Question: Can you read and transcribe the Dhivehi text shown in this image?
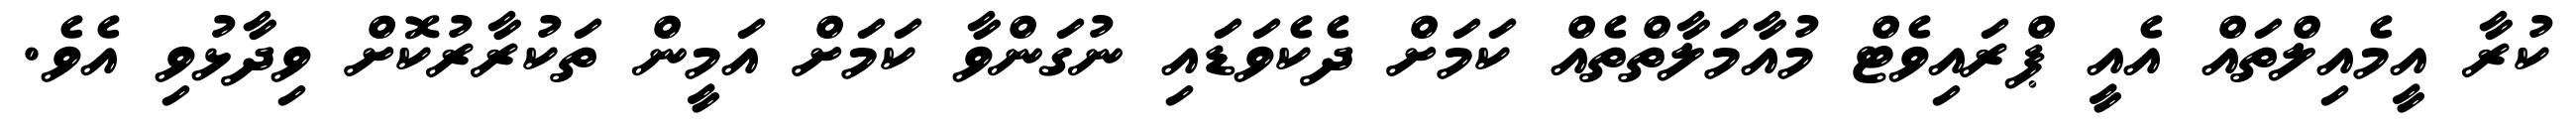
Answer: ކުރާ އީމެއިލްތައް އެއީ ޕްރައިވެޓް މުއާމަލާތްތެއް ކަމަށް ދެކެވަޑައި ނުގަންވާ ކަމަށް އަމީން ތަކުރާރުކޮށް ވިދާޅުވި އެވެ.